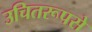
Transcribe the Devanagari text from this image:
उचितरूपसे